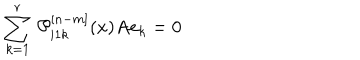
\sum _ { k = 1 } ^ { r } \, { \cal P } _ { i 1 k } ^ { [ n - m ] } ( x ) A { \bf e } _ { k } = 0